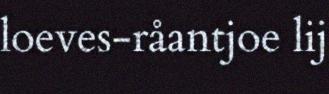
loeves-råantjoe lij